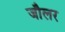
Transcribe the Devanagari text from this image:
जौलर